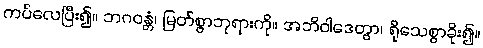
ကပ်လေပြီး၍။ ဘဂဝန္တံ၊ မြတ်စွာဘုရားကို။ အဘိဝါဒေတွာ၊ ရိုသေစွာခိုး၍။